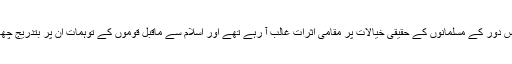
اقبال کے نزدیک اس دور کے مسلمانوں کے حقیقی خیالات پر مقامی اثرات غالب آ رہے تھے اور اسلام سے ماقبل قوموں کے توہمات ان پر بتدریج چھاتے جا رہے تھے۔